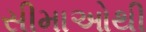
સીમાઓથી